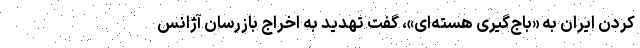
کردن ایران به «باج‌گیری هسته‌ای»، گفت تهدید به اخراج بازرسان آژانس